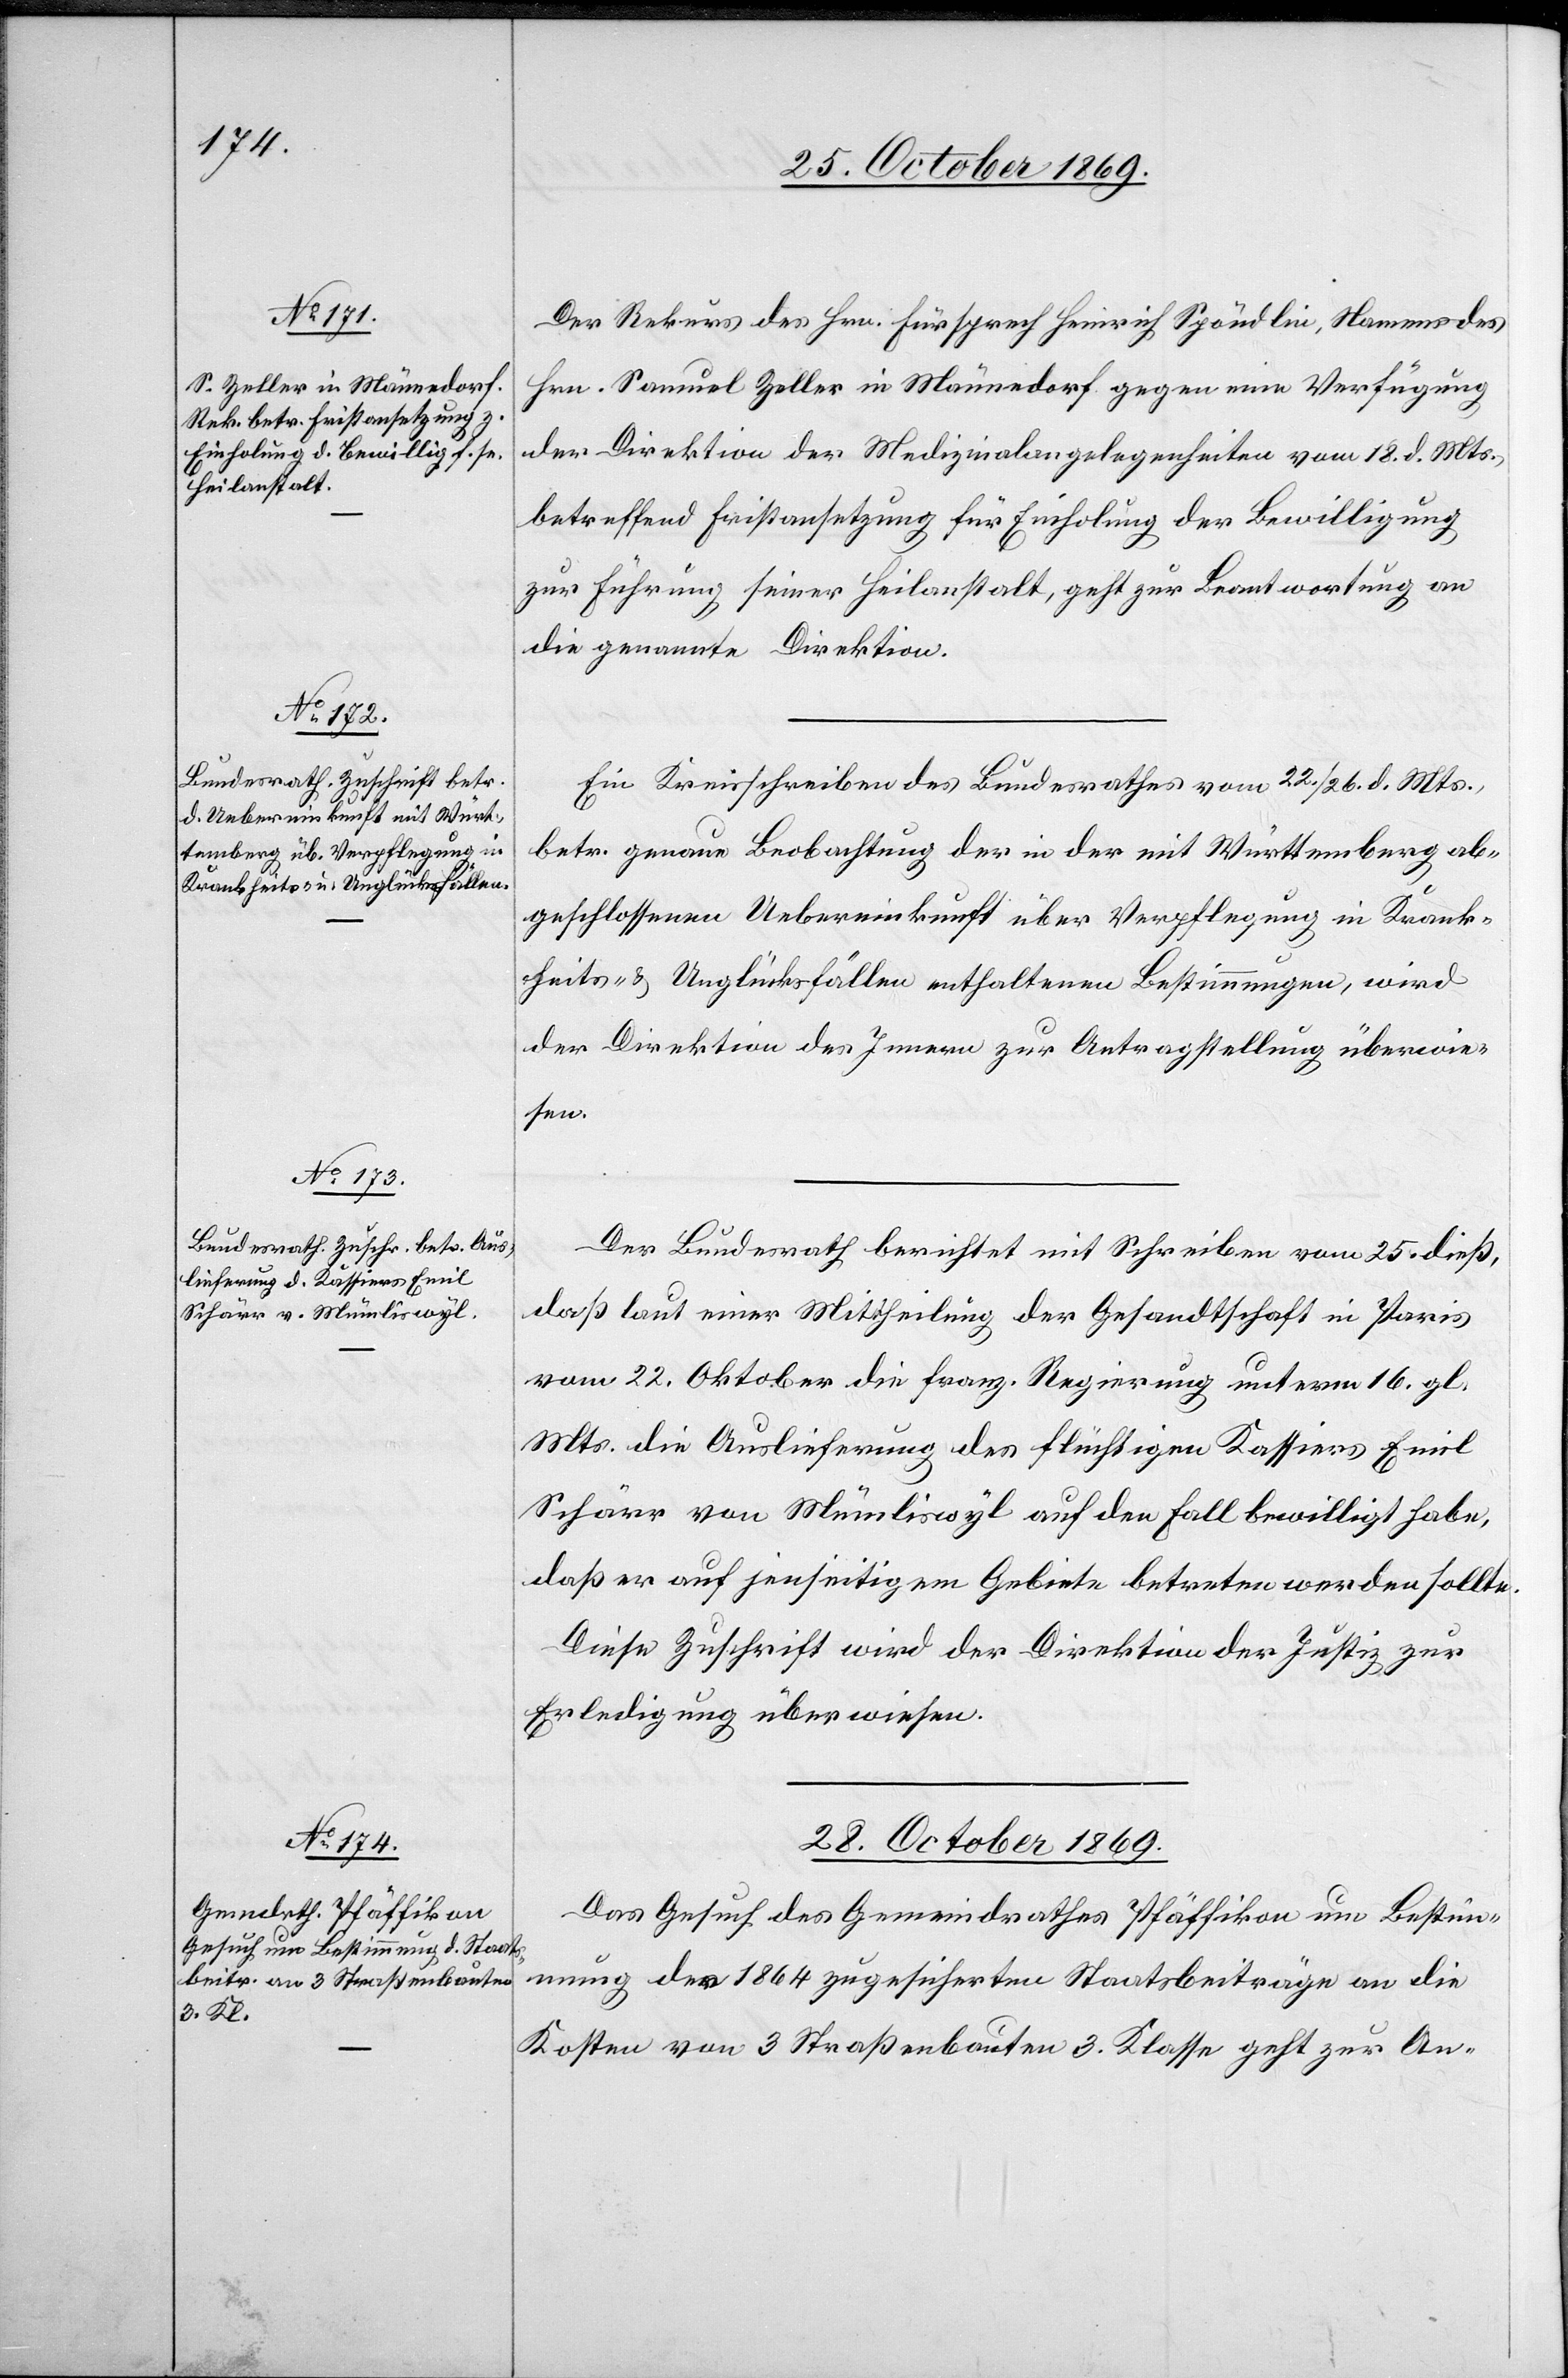
Der Rekurs des Hrn. Fürsprech Heinrich Spöndlin, Namens des
Hrn. Samuel Zeller in Männedorf gegen eine Verfügung
der Direktion der Medizinalangelegenheiten vom 18. d. Mts.,
betreffend Fristansetzung für Einholung der Bewilligung
zur Führung seiner Heilanstalt, geht zur Beantwortung an
die genannte Direktion.
Ein Kreisschreiben des Bundesrathes vom 22./26. d. Mts.,
betr. genaue Beobachtung der in der mit Württemberg ab¬
geschlossenen Uebereinkunft über Verpflegung in Krank¬
heits- & Unglücksfällen enthaltenen Bestimmungen, wird
der Direktion des Innern zur Antragstellung überwie¬
sen.
Der Bundesrath berichtet mit Schreiben vom 25. dieß,
daß laut einer Mittheilung der Gesandtschaft in Paris
vom 22. Oktober die franz. Regierung unterm 16. gl.
Mts. die Auslieferung des flüchtigen Kassiers Emil
Schärr von Mümliswyl auf den Fall bewilligt habe,
daß er auf jenseitigem Gebiete betreten werden sollte.
Diese Zuschrift wird der Direktion der Justiz zur
Erledigung überwiesen.
28. October 1869.
Das Gesuch des Gemeindrathes Pfäffikon um Bestim¬
mung der 1864 zugesicherten Staatsbeiträge an die
Kosten von 3 Straßenbauten 3. Klasse geht zur An-